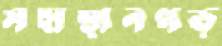
মহাস্থানগড়